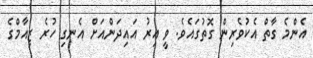
އެންމެ ގާތް އެކުވެރިން ގޮތުގައެވެ. ވީ އިރު އައިދަންއަށް އެނގި ހުރެ ޒިއާމްގެ